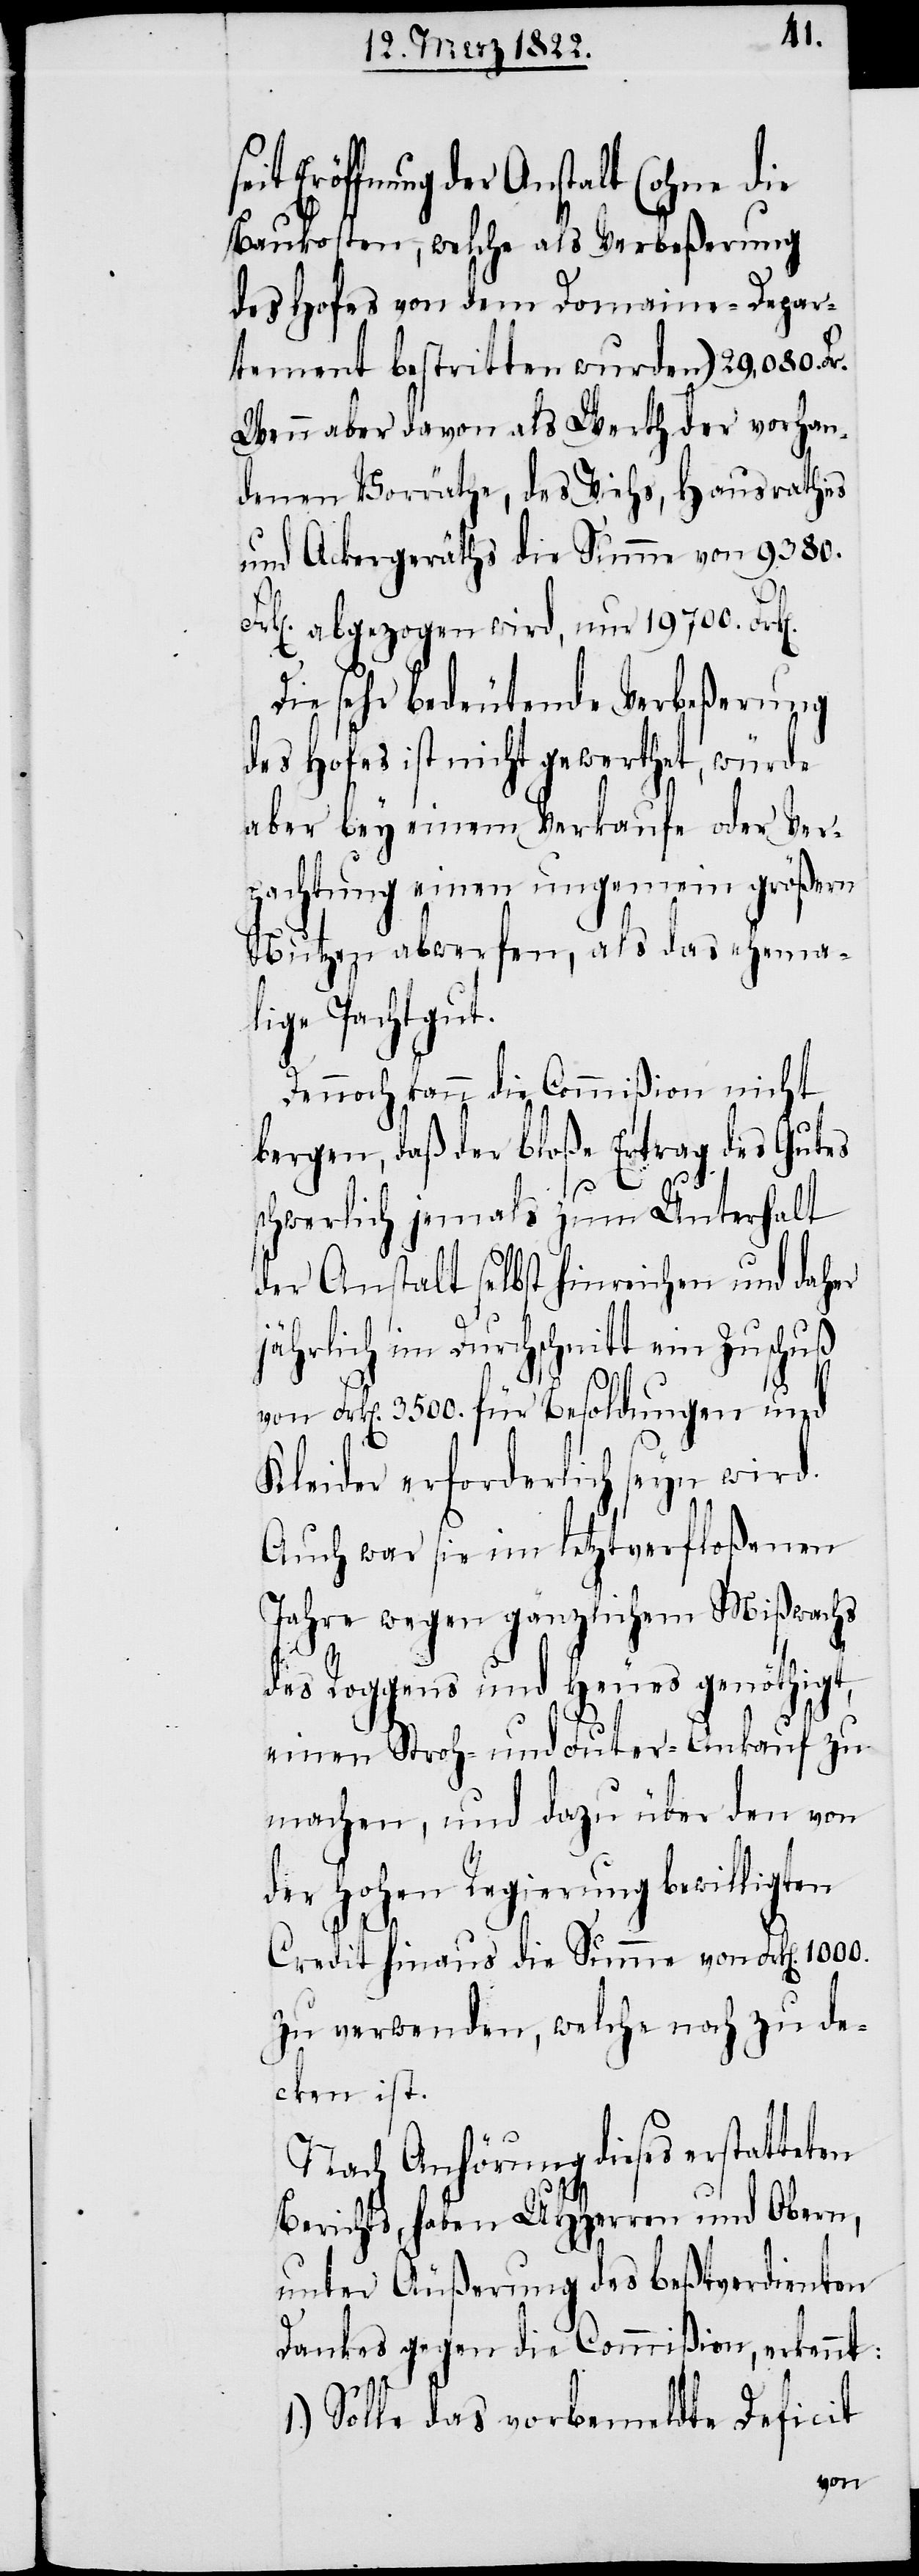
Eröffnung der Anstalt (ohne die
Baukosten, welche als Verbeßerung
des Hofes von dem Domaine-Depar¬
tement bestritten wurden) 29,080. Fr.
Wenn aber davon als Werth der vorhan¬
denen Vorräthe, des Viehs, Hausrathes
und Ackergeräths die Summe von 9380.
k[en]. abgezogen wird, nur 19700. Fr¬
Die sehr bedeutende Verbeßerung
des Hofes ist nicht gewerthet, würde
aber bey einem Verkaufe oder Ver¬
pachtung einen ungemein größern
Nutzen abwerfen, als das ehema¬
lige Pachtgut.
Dennoch kann die Commißion nicht
bergen, daß der bloße Ertrag des Gutes
k[en].
schwerlich jemals zum Unterhalt
der Anstalt selbst hinreichen und daher
jährlich im Durchschnitt ein Zuschuß
von Frk[en]. 3500. für Besoldungen und
Kleider erforderlich seyn wird.
Auch was sie im letztverfloßenen
Jahre wegen gänzlichem Mißwachs
des Roggens und Heues genöthigt,
Fr¬
einen Stoh- und Futer-Ankauf zu
machen, und dazu über den von
der hohen Regierung bewilligten
Credit hinaus die Summe von Frk[en]. 1000.
zu verwenden, welche noch zu de¬
cken ist.
Nach Anhörung dieses erstatteten
Berichts, haben UHHerren und Obern,
unter Äußerung des beßtverdienten
Dankes gegen die Commißion, erkennt:
1.) Solle das vorbemeldte Deficit